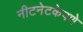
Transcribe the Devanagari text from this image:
नीटनेटकेपणे